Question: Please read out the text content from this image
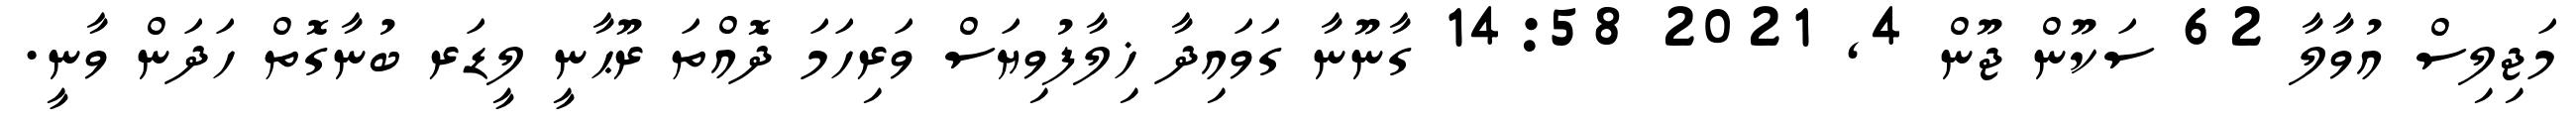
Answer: މަޖިލިސް އުވާލާ 62 ސަކޫން ޖޫން 4, 2021 14:58 ގާނޫނާ ގަވައިދާ ޚިލާފުވިޔަސް ވަރިހަމަ ދޮއްތަ ރޫޙާނީ ލީޑަރ ބުނާގޮތް ހަދަން ވާނީ.